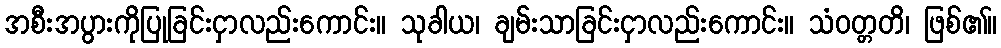
အစီးအပွားကိုပြုခြင်းငှာလည်းကောင်း။ သုခါယ၊ ချမ်းသာခြင်းငှာလည်းကောင်း။ သံဝတ္တတိ၊ ဖြစ်၏။